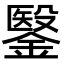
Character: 𮢶